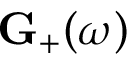
\mathbf { G } _ { + } ( \omega )